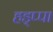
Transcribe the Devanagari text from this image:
हड्प्पा